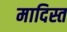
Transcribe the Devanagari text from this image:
मादिस्त